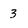
Character: 3